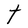
Character: t